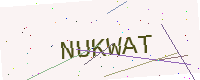
Text: NUKWAT